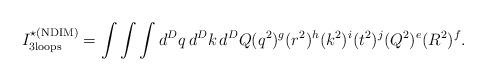
LaTeX: \begin{align*}I_{\rm 3 loops}^{\star (\rm NDIM)} = \int \int \int d^Dq\,d^Dk\,d^DQ (q^2)^g (r^2)^h (k^2)^i (t^2)^j(Q^2)^e (R^2)^f.\end{align*}